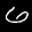
Label: 6